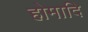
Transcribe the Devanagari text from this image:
होमादि